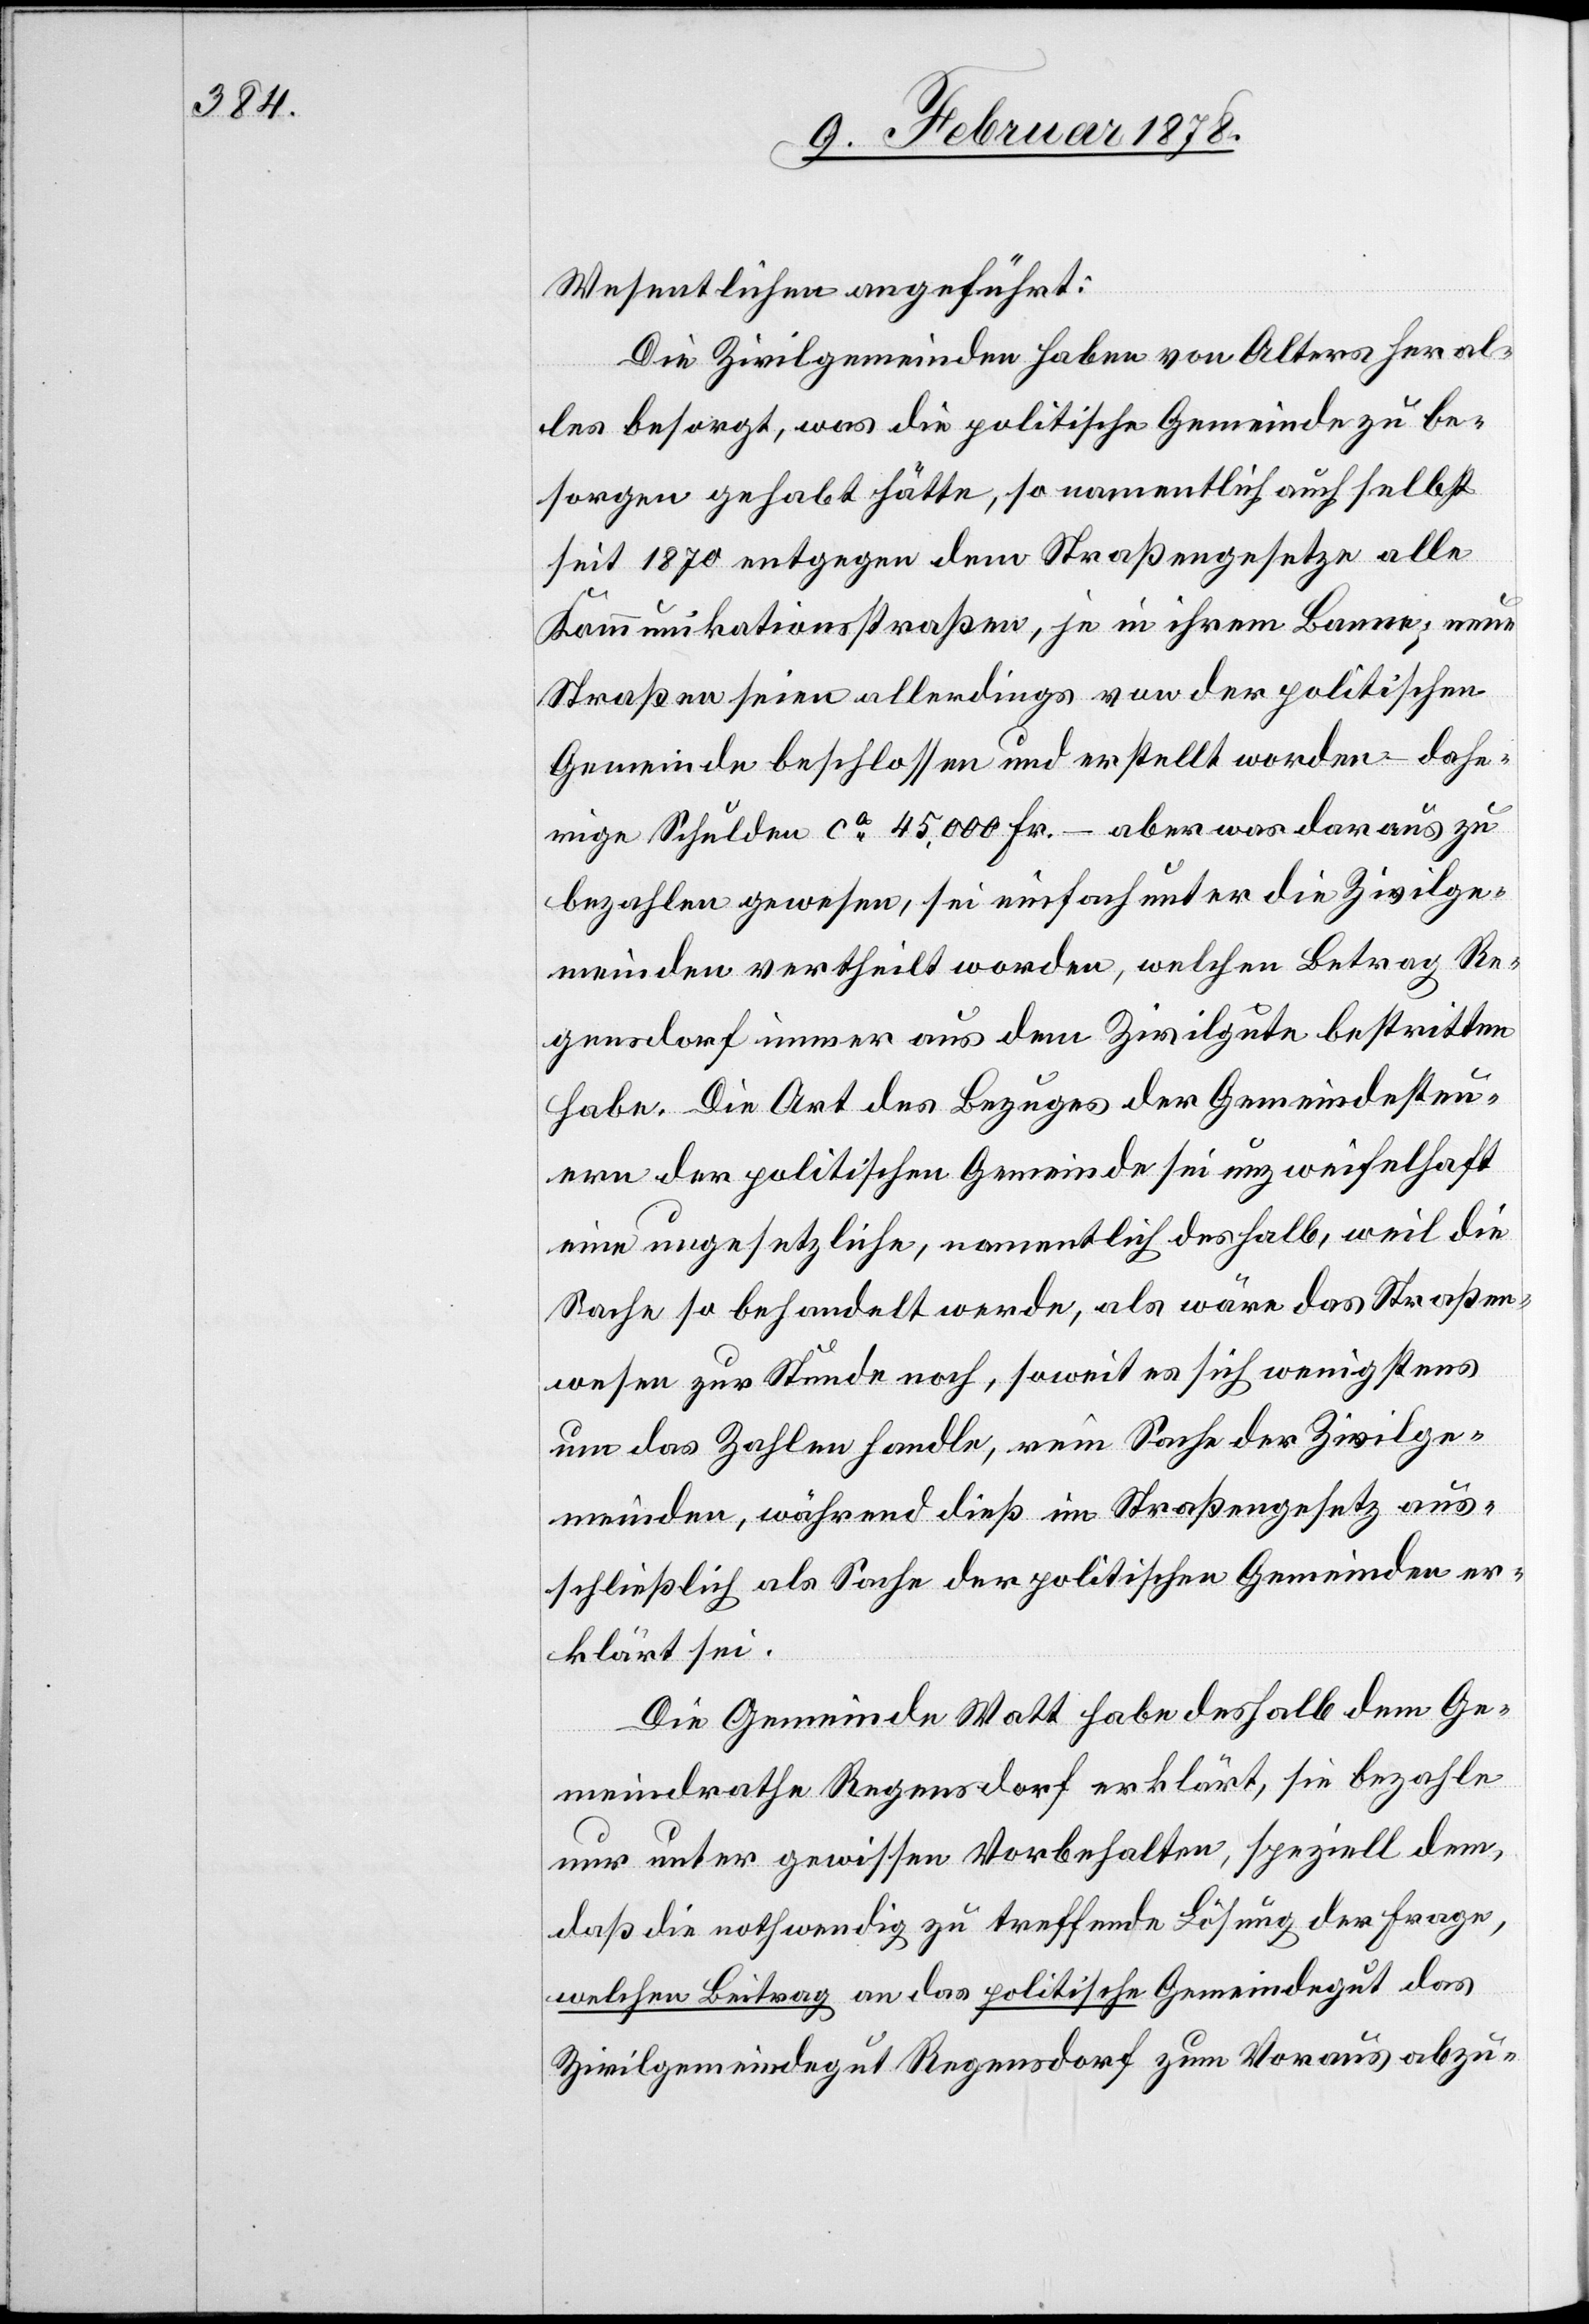
Wesentlichen angeführt:
Die Zivilgemeinden haben von Alters her al¬
les besorgt, was die politische Gemeinde zu be¬
sorgen gehabt hätte, so namentlich auch selbst
seit 1870 entgegen dem Straßengesetze alle
Kommunikationsstraßen, je in ihrem Banne; neue
Straßen seien allerdings von der politischen
Gemeinde beschlossen und erstellt worden – dahe¬
rige Schulden ca 45,000 Fr. – aber was daraus zu
bezahlen gewesen, sei einfach unter die Zivilge¬
meinden vertheilt worden, welchen Betrag Re¬
gensdorf immer aus dem Zivilgute bestritten
habe. Die Art des Bezuges der Gemeindesteu¬
ern der politischen Gemeinde sei unzweifelhaft
eine ungesetzliche, namentlich deshalb, weil die
Sache so behandelt werde, als wäre das Straßen¬
wesen zur Stunde noch, soweit es sich wenigstens
um das Zahlen handle, rein Sache der Zivilge¬
meinden, während dieß im Straßengesetz aus¬
schließlich als Sache der politischen Gemeinden er¬
klärt sei.
Die Gemeinde Watt habe deshalb dem Ge¬
meindrathe Regensdorf erklärt, sie bezahle
nur unter gewissen Vorbehalten, speziell dem,
daß die nothwendig zu treffende Lösung der Frage,
welchen Beitrag an das politische Gemeindegut das
Zivilgemeindegut Regensdorf zum Voraus abzu-